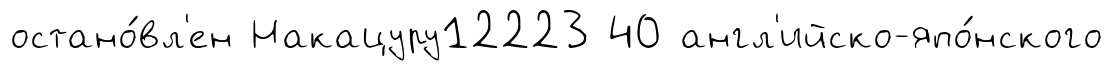
остано́вл'ен Накацуру12223 40 англ'ийско-япо́нского